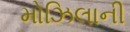
મોઝિલાની